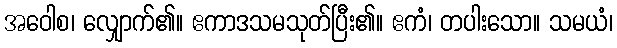
အဝေါစ၊ လျှောက်၏။ ဧကာဒသမသုတ်ပြီး၏။ ဧကံ၊ တပါးသော။ သမယံ၊